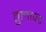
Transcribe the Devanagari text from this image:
तुलापट